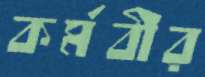
কর্মবীর